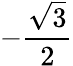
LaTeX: -{\frac{\sqrt{3}}{2}}